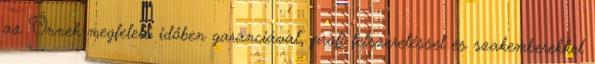
az Önnek megfelelő időben garanciával, profi felszereléssel és szakemberekkel